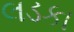
લડકા